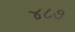
૪૮૭